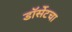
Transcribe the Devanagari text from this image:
डॉर्सेटचा